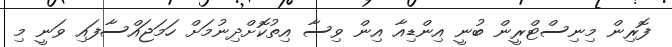
ފޮރިން މިނިސްޓްރީން ބުނީ އިންޑިއާ އިން ވިސާ އިތުކޮށްދިނުމަށް ހަމަޖައްސާފައި ވަނީ މި